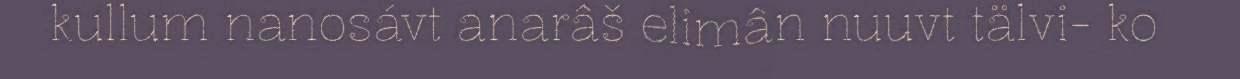
kullum nanosávt anarâš elimân nuuvt tälvi- ko